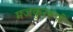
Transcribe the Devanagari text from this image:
मजकुररूपी